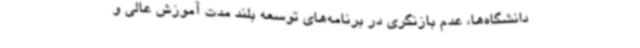
دانشگاه‌ها، عدم بازنگری در برنامه‌های توسعه بلند مدت آموزش عالی و